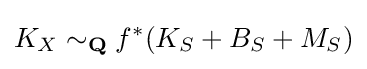
K_{X}\sim _{\bf {Q}}f^{*}(K_{S}+B_{S}+M_{S})